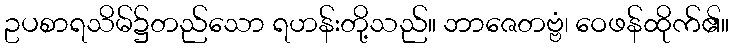
ဥပစာရသိမ်၌တည်သော ရဟန်းတို့သည်။ ဘာဇေတဗ္ဗံ၊ ဝေဖန်ထိုက်၏။